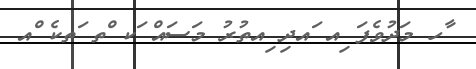
ާހ މަދުވެފަ ިއ ައދި ިއތުރު މަސައް ަކ ްތ ަތކެ ްއ